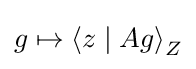
g\mapsto \left\langle z\mid Ag\right\rangle _{Z}